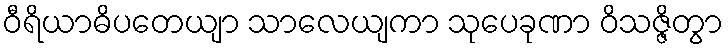
ဝီရိယာဓိပတေယျာ သာလေယျကာ သုပေခုဏာ ဝိသဇ္ဇိတွာ